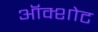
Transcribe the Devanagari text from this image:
ऑक्शोट